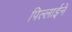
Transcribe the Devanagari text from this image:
पिल्लाईने